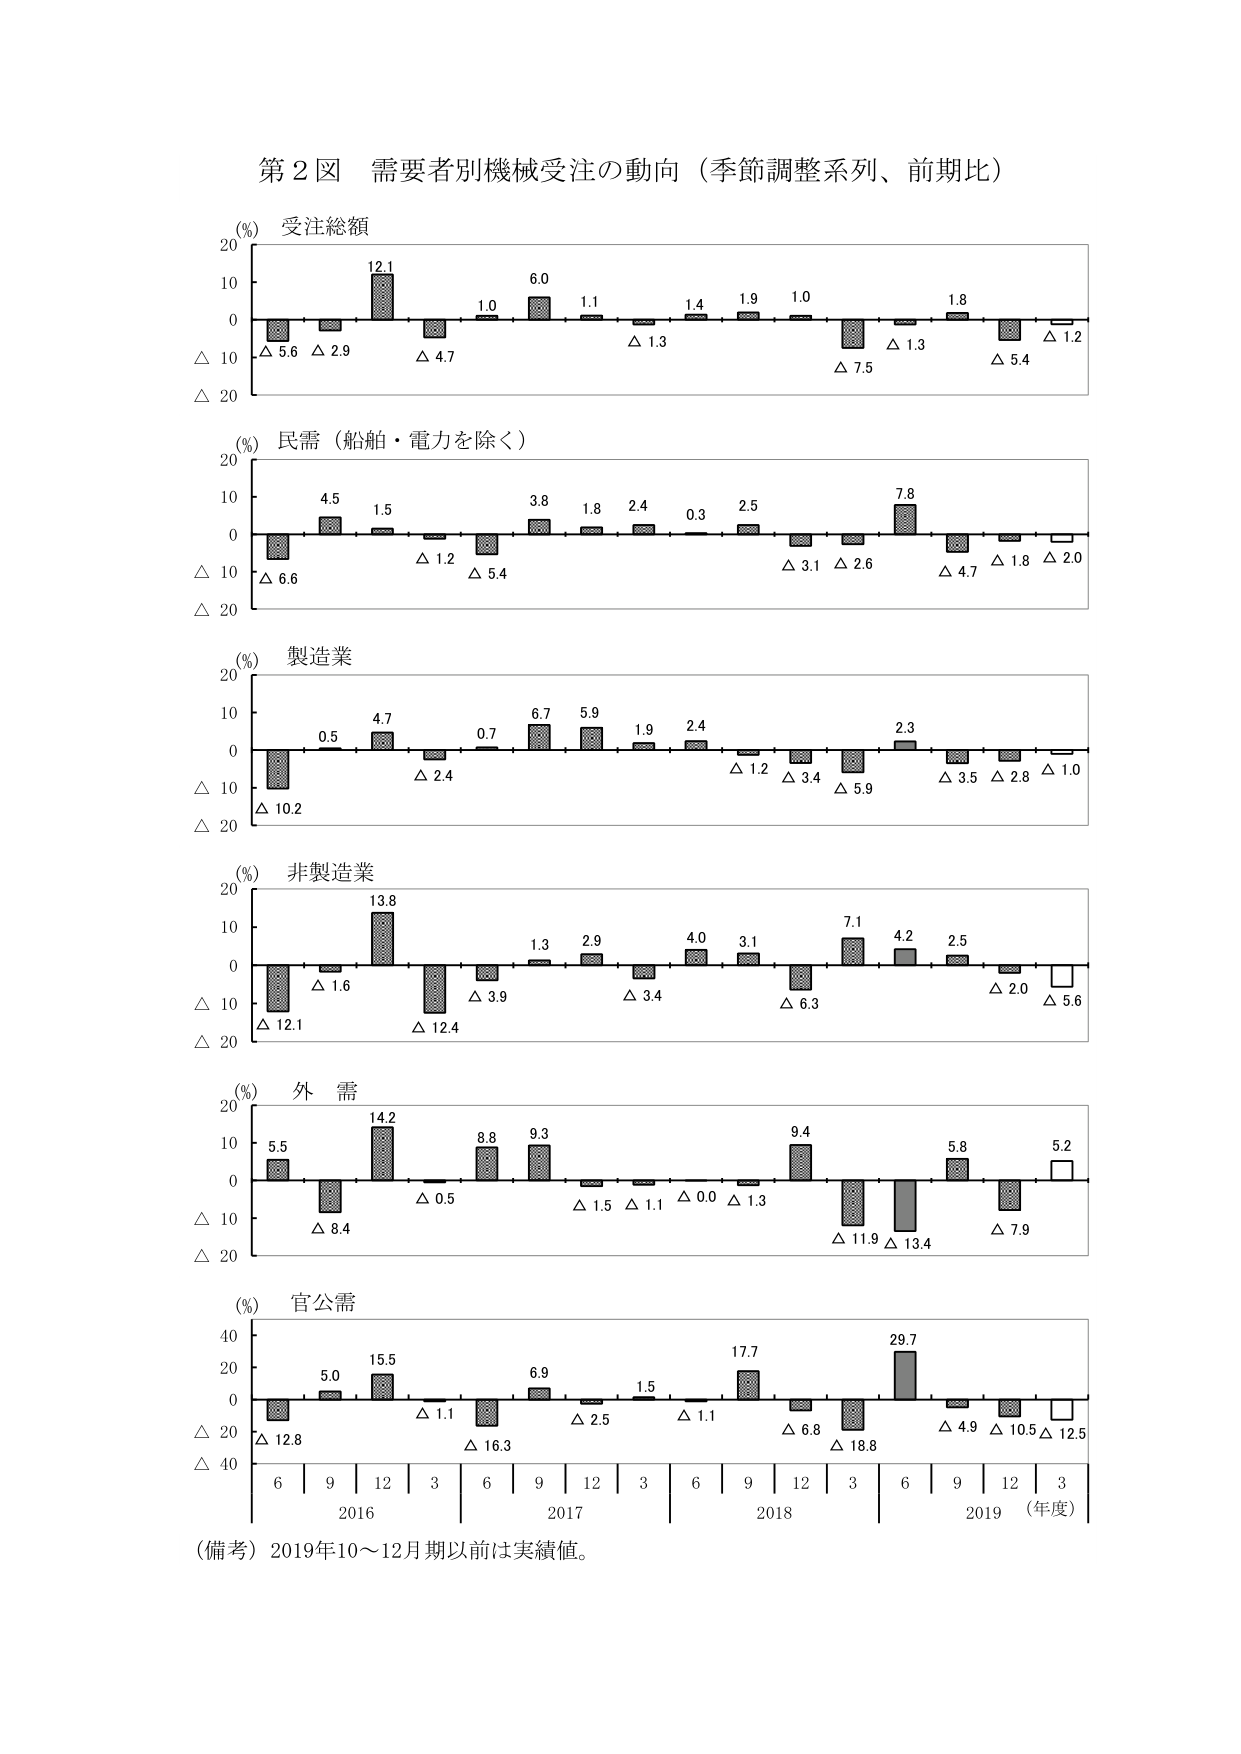
第2図 需要者別機械受注の動向（季節調整系列、前期比）

(%) 受注総額
20
10
0
△ 10
△ 20
△ 5.6 △ 2.9 12.1 △ 4.7 1.0 6.0 1.1 △ 1.3 1.4 1.9 1.0 △ 7.5 △ 1.3 1.8 △ 5.4 △ 1.2

(%) 民需（船舶・電力を除く）
20
10
0
△ 10
△ 20
△ 6.6 4.5 1.5 △ 1.2 △ 5.4 3.8 1.8 2.4 0.3 2.5 △ 3.1 △ 2.6 7.8 △ 4.7 △ 2.8 △ 2.0

(%) 製造業
20
10
0
△ 10
△ 20
△ 10.2 0.5 4.7 △ 2.4 0.7 6.7 5.9 1.9 2.4 △ 1.2 △ 3.4 △ 5.9 2.3 △ 3.5 △ 2.8 △ 1.0

(%) 非製造業
20
10
0
△ 10
△ 20
△ 12.1 △ 1.6 13.8 △ 12.4 △ 3.9 1.3 2.9 △ 3.4 4.0 3.1 △ 6.3 7.1 4.2 2.5 △ 2.0 △ 5.6

(%) 外 需
20
10
0
△ 10
△ 20
5.5 △ 8.4 14.2 △ 0.5 8.8 9.3 △ 1.5 △ 1.1 △ 0.0 △ 1.3 9.4 △ 11.9 △ 13.4 5.8 △ 7.9 5.2

(%) 官公需
40
20
0
△ 20
△ 40
△ 12.8 5.0 15.5 △ 1.1 △ 16.3 6.9 △ 2.5 △ 1.1 1.5 17.7 △ 6.8 △ 18.8 29.7 △ 4.9 △ 10.5 △ 12.5

6 | 9 | 12 | 3 | 6 | 9 | 12 | 3 | 6 | 9 | 12 | 3 | 6 | 9 | 12 | 3
2016 2017 2018 2019 （年度）

（備考）2019年10～12月期以前は実績値。